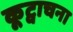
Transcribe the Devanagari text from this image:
कूट्वाचना